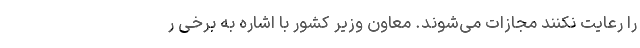
را رعایت نکنند مجازات می‌شوند. معاون وزیر کشور با اشاره به برخی ر